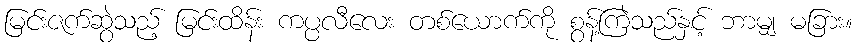
မြင်းဇက်ဆွဲသည့် မြင်းထိန်း ကပ္ပလီလေး တစ်ယောက်ကို စွန့်ကြဲသည်နှင့် ဘာမျှ မခြား။